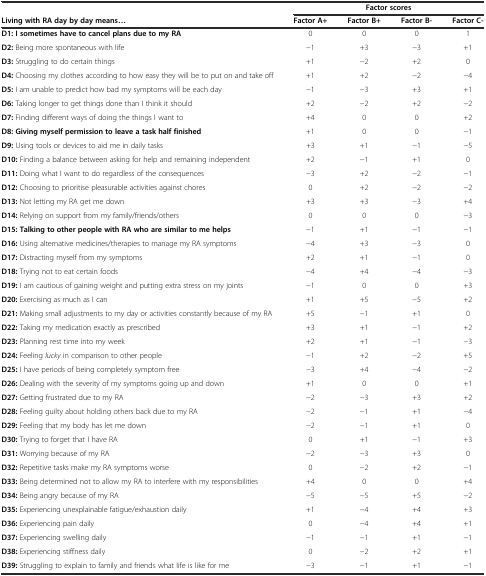
<table><thead><tr><td></td><td colspan="4"><b>Factor scores</b></td></tr><tr><td><b>Living with RA day by day means...</b></td><td><b>Factor A+</b></td><td><b>Factor B+</b></td><td><b>Factor B-</b></td><td><b>Factor C-</b></td></tr></thead><tbody><tr><td><b>D1: I sometimes have to cancel plans due to my RA</b></td><td>0</td><td>0</td><td>0</td><td>1</td></tr><tr><td><b>D2:</b> Being more spontaneous with life</td><td>-1</td><td>+3</td><td>-3</td><td>+1</td></tr><tr><td><b>D3:</b> Struggling to do certain things</td><td>+1</td><td>-2</td><td>+2</td><td>0</td></tr><tr><td><b>D4:</b> Choosing my clothes according to how easy they will be to put on and take off</td><td>+1</td><td>+2</td><td>-2</td><td>-4</td></tr><tr><td><b>D5:</b> I am unable to predict how bad my symptoms will be each day</td><td>-1</td><td>-3</td><td>+3</td><td>+1</td></tr><tr><td><b>D6:</b> Taking longer to get things done than I think it should</td><td>+2</td><td>-2</td><td>+2</td><td>-2</td></tr><tr><td><b>D7:</b> Finding different ways of doing the things I want to</td><td>+4</td><td>0</td><td>0</td><td>+2</td></tr><tr><td><b>D8: Giving myself permission to leave a task half finished</b></td><td>+1</td><td>0</td><td>0</td><td>-1</td></tr><tr><td><b>D9:</b> Using tools or devices to aid me in daily tasks</td><td>+3</td><td>+1</td><td>-1</td><td>-5</td></tr><tr><td><b>D10:</b> Finding a balance between asking for help and remaining independent</td><td>+2</td><td>-1</td><td>+1</td><td>0</td></tr><tr><td><b>D11:</b> Doing what I want to do regardless of the consequences</td><td>-3</td><td>+2</td><td>-2</td><td>-1</td></tr><tr><td><b>D12:</b> Choosing to prioritise pleasurable activities against chores</td><td>0</td><td>+2</td><td>-2</td><td>-2</td></tr><tr><td><b>D13:</b> Not letting my RA get me down</td><td>+3</td><td>+3</td><td>-3</td><td>+4</td></tr><tr><td><b>D14:</b> Relying on support from my family/friends/others</td><td>0</td><td>0</td><td>0</td><td>-3</td></tr><tr><td><b>D15: Talking to other people with RA who are similar to me helps</b></td><td>-1</td><td>+1</td><td>-1</td><td>-1</td></tr><tr><td><b>D16:</b> Using alternative medicines/therapies to manage my RA symptoms</td><td>-4</td><td>+3</td><td>-3</td><td>0</td></tr><tr><td><b>D17:</b> Distracting myself from my symptoms</td><td>+2</td><td>+1</td><td>-1</td><td>0</td></tr><tr><td><b>D18:</b> Trying not to eat certain foods</td><td>-4</td><td>+4</td><td>-4</td><td>-3</td></tr><tr><td><b>D19:</b> I am cautious of gaining weight and putting extra stress on my joints</td><td>-1</td><td>0</td><td>0</td><td>+3</td></tr><tr><td><b>D20:</b> Exercising as much as I can</td><td>+1</td><td>+5</td><td>-5</td><td>+2</td></tr><tr><td><b>D21:</b> Making small adjustments to my day or activities constantly because of my RA</td><td>+5</td><td>-1</td><td>+1</td><td>0</td></tr><tr><td><b>D22:</b> Taking my medication exactly as prescribed</td><td>+3</td><td>+1</td><td>-1</td><td>+2</td></tr><tr><td><b>D23:</b> Planning rest time into my week</td><td>+2</td><td>+1</td><td>-1</td><td>-3</td></tr><tr><td><b>D24:</b> Feeling <i>lucky</i> in comparison to other people</td><td>-1</td><td>+2</td><td>-2</td><td>+5</td></tr><tr><td><b>D25:</b> I have periods of being completely symptom free</td><td>-3</td><td>+4</td><td>-4</td><td>-2</td></tr><tr><td><b>D26:</b> Dealing with the severity of my symptoms going up and down</td><td>+1</td><td>0</td><td>0</td><td>+1</td></tr><tr><td><b>D27:</b> Getting frustrated due to my RA</td><td>-2</td><td>-3</td><td>+3</td><td>+2</td></tr><tr><td><b>D28:</b> Feeling guilty about holding others back due to my RA</td><td>-2</td><td>-1</td><td>+1</td><td>-4</td></tr><tr><td><b>D29:</b> Feeling that my body has let me down</td><td>-2</td><td>-1</td><td>+1</td><td>0</td></tr><tr><td><b>D30:</b> Trying to forget that I have RA</td><td>0</td><td>+1</td><td>-1</td><td>+3</td></tr><tr><td><b>D31:</b> Worrying because of my RA</td><td>-2</td><td>-3</td><td>+3</td><td>0</td></tr><tr><td><b>D32:</b> Repetitive tasks make my RA symptoms worse</td><td>0</td><td>-2</td><td>+2</td><td>-1</td></tr><tr><td><b>D33:</b> Being determined not to allow my RA to interfere with my responsibilities</td><td>+4</td><td>0</td><td>0</td><td>+4</td></tr><tr><td><b>D34:</b> Being angry because of my RA</td><td>-5</td><td>-5</td><td>+5</td><td>-2</td></tr><tr><td><b>D35:</b> Experiencing unexplainable fatigue/exhaustion daily</td><td>+1</td><td>-4</td><td>+4</td><td>+3</td></tr><tr><td><b>D36:</b> Experiencing pain daily</td><td>0</td><td>-4</td><td>+4</td><td>+1</td></tr><tr><td><b>D37:</b> Experiencing swelling daily</td><td>-1</td><td>-1</td><td>+1</td><td>-1</td></tr><tr><td><b>D38:</b> Experiencing stiffness daily</td><td>0</td><td>-2</td><td>+2</td><td>+1</td></tr><tr><td><b>D39:</b> Struggling to explain to family and friends what life is like for me</td><td>-3</td><td>-1</td><td>+1</td><td>-1</td></tr></tbody></table>